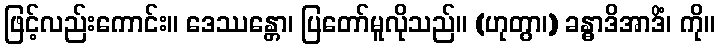
ဖြင့်လည်းကောင်း။ ဒေဿန္တော၊ ပြတော်မူလိုသည်။ (ဟုတွာ၊) ခန္ဓာဒိအာဒိံ၊ ကို။